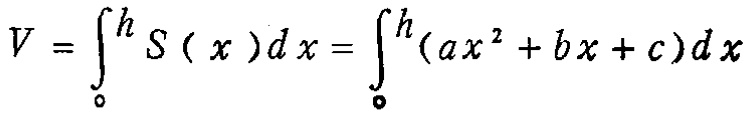
\[
V = \int_{0}^{h} S(x)dx = \int_{0}^{h}(ax^{2}+bx + c)dx
\]